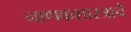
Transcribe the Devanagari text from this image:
नाणकशास्त्राचे